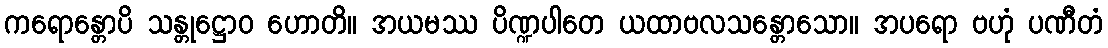
ကရောန္တောပိ သန္တုဋ္ဌောဝ ဟောတိ။ အယမဿ ပိဏ္ဍပါတေ ယထာဗလသန္တောသော။ အပရော ဗဟုံ ပဏီတံ